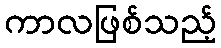
ကာလဖြစ်သည့်